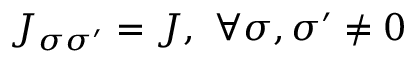
J _ { \sigma \sigma ^ { \prime } } = J , \ \forall \sigma , \sigma ^ { \prime } \neq 0